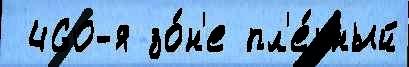
 460-я зо́н'е пл'е́нный